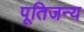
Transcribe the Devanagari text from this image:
पूतिजन्य